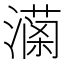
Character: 𤀚